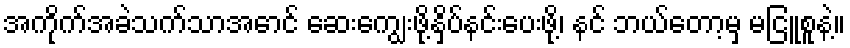
အကိုက်အခဲသက်သာအောင် ဆေးကျွေးဖို့နှိပ်နင်းပေးဖို့၊ နင် ဘယ်တော့မှ မငြူစူနဲ့။